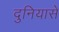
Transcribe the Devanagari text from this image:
दुनियासे